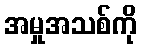
အမှုအသစ်ကို